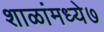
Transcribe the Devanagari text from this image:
शाळांमध्ये७